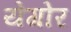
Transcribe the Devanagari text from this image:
येगोर